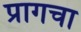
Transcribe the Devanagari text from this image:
प्रागचा